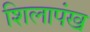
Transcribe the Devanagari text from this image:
शिलापंख